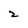
Character: 2